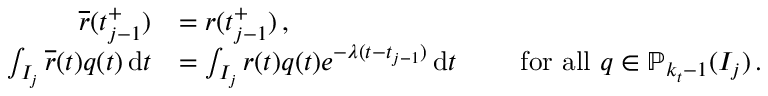
\begin{array} { r l } { \overline { { r } } ( t _ { j - 1 } ^ { + } ) } & { = r ( t _ { j - 1 } ^ { + } ) \, , } \\ { \int _ { I _ { j } } \overline { { r } } ( t ) q ( t ) \, \mathrm { d } t } & { = \int _ { I _ { j } } r ( t ) q ( t ) e ^ { - \lambda ( t - t _ { j - 1 } ) } \, \mathrm { d } t \qquad \mathrm { ~ f o r ~ a l l ~ } q \in \mathbb { P } _ { k _ { t } - 1 } ( I _ { j } ) \, . } \end{array}